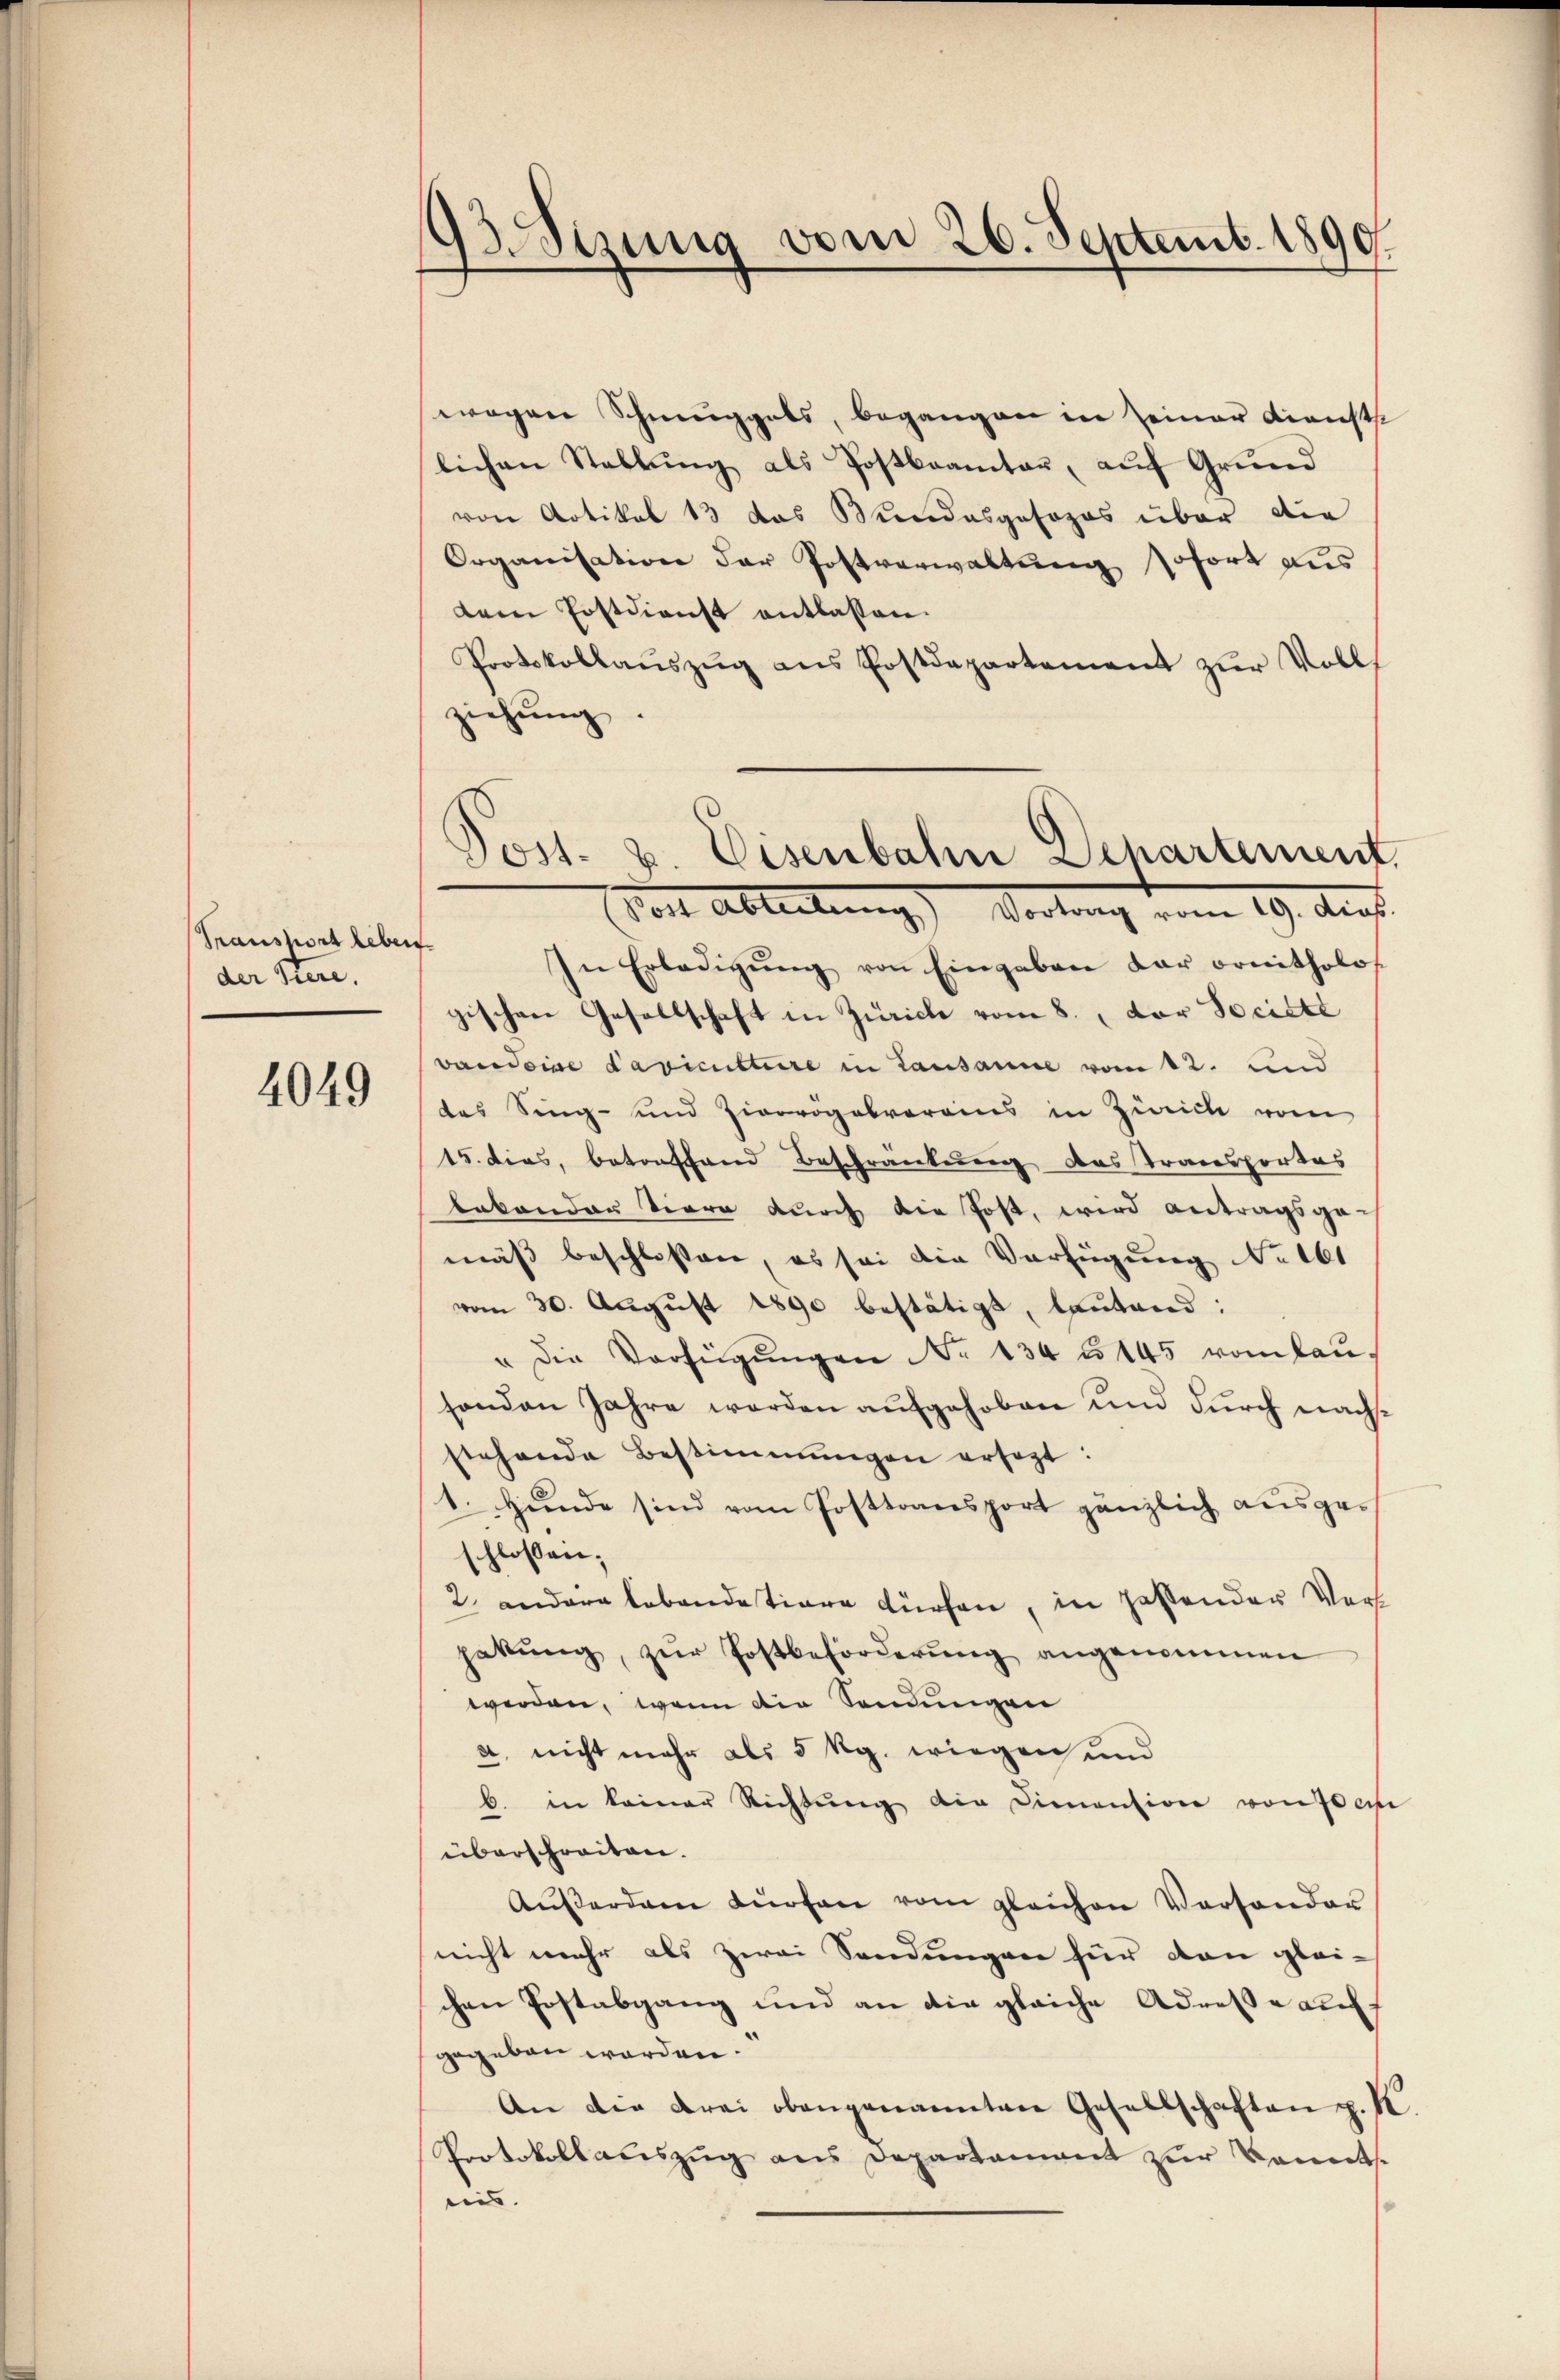
Transport leben
der Stere.

4049

93. Sizung vom 26. Septemb. 1890.

wegen Schmuggals, begangen in seiner Kienste
lichen Stellŭng als Postbeamten, aŭf Grund
von Artikel 13 das Bendasgosozos über die
Organisation der Postverwaltung sofort aus
dem Erstdienst entlassen.
Protokollaŭszŭg ans Postdepartement zŭr Volls
ziehung.
In Erledigŭng von Eingaben dar ornitholos
gischen Gesellschaft in Zürich vom 8. vor Societe
vaudoise Lavicuttere in Lausanne vom 12. und
das Sing- und Zierrogabverains in Zürich vom
15. dies, betonschand Beschränkung das Transportas
labonder Tiere durch die Post, wird antragsge-
mäß beschlossen, es sei die Verfügung erbt
vom 30. August 1890 bestätigt, lautend:
" die Verfügungen No 134 u. 145 vom lauhanden Jahre werden aufgehoben und durch nachstehende Bestimmungen ersezt:
1. Hunde sind vom Posttransport gänzlich ausges
schlossen;
2. andere lebendestiare dürfen, in pastender Vors
hakŭng zŭr Postbeforderung angenommen
werden, wenn die Sendungen
a, nicht mehr als 5 kg. wiegen und
b. in keiner Richtung die Dimension von derse
überschreiten.
Aŭβerdam dürfen vom gleichen Versander
nicht mehr als zwei Sendungen für den glei-
chen Postabgang und an die gleiche Adresse auff
gegeben worden.
An die drei obengenannten Gesellschaften p. K
Protokollaŭszŭg ans Departament zŭr Bonets-
eis. |

Post. u. Eisenbahn Departement
(Von Abteilung) Vortrag vom 19. Aug.
f